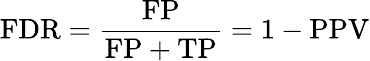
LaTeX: \mathrm{FDR}={\frac{\mathrm{FP}}{\mathrm{FP}+\mathrm{TP}}}=1-\mathrm{PPV}